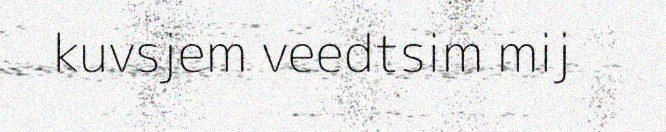
kuvsjem veedtsim mij